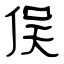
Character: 俣